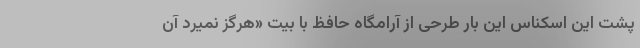
پشت این اسکناس این بار طرحی از آرامگاه حافظ با بیت «هرگز نمیرد آن